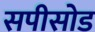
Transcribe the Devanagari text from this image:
सपीसोड